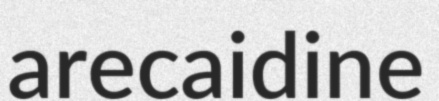
arecaidine